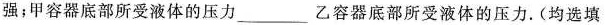
强；甲容器底部所受液体的压力___乙容器底部所受液体的压力。(均选填